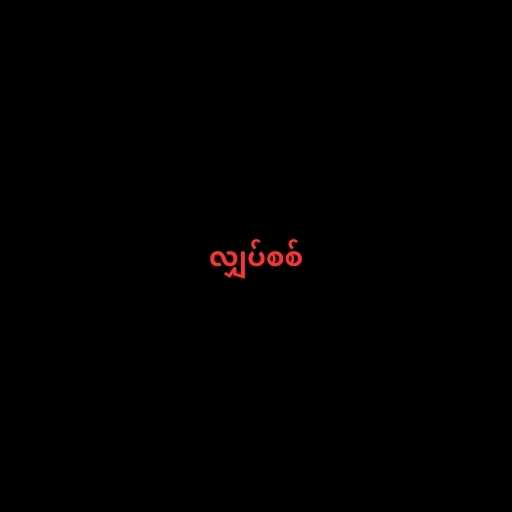
လျှပ်စစ်